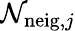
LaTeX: \mathcal{N}_{\mathrm{{neig}},j}